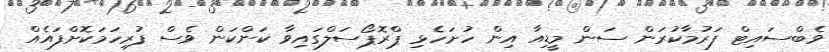
ވެބްސައިޓް ފަރުމާކުރަން ސަން މީޑިއާ އިން ހުށަހެޅި ޕްރޮޕޯސަލްގައިވާ ކަންކަން ވެސް ފުރިހަމަކޮށްފައެއް